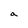
Character: a